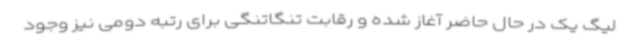
لیگ یک در حال حاضر آغاز شده و رقابت تنگاتنگی برای رتبه دومی نیز وجود